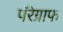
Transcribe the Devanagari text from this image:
पॅरेग्राफ